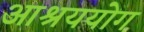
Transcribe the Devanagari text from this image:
आश्रययोग